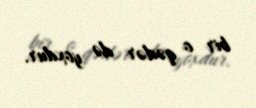
bir o qədər də yoxdur.